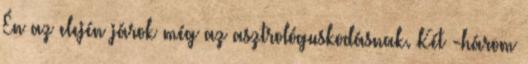
Én az elején járok még az asztrológuskodásnak. Két -három